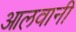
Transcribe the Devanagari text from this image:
आलवानी